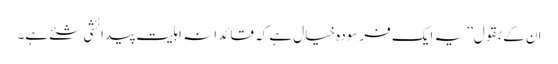
ان کے بقول’’ یہ ایک فرسودہ خیال ہے کہ قائدانہ اہلیت پیدائشی شئے ہے۔